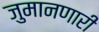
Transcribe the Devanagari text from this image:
जुमानणारी